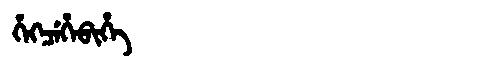
Manchu: ᡥᡝᡴᠴᡝᡥᡝᠪᡳᡥᡝ
Romanization: HEKCEHEBIHE